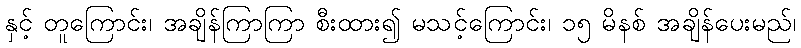
နှင့် တူကြောင်း၊ အချိန်ကြာကြာ စီးထား၍ မသင့်ကြောင်း၊ ၁၅ မိနစ် အချိန်ပေးမည်၊